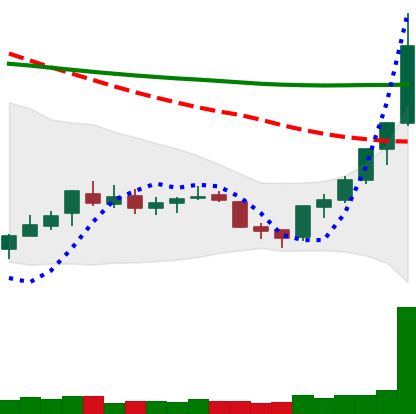
Ticker: XLM-USD
Chart end date: 2018-07-18
Forward return: -4.697%
Label: down_3_5